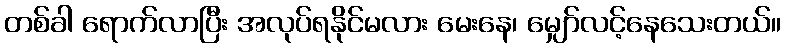
တစ်ခါ ရောက်လာပြီး အလုပ်ရနိုင်မလား မေးနေ၊ မျှော်လင့်နေသေးတယ်။